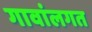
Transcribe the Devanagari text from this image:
गावांलगत